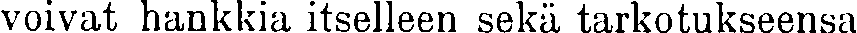
voivat hankkia itselleen sekä tarkotukseensa